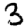
Digit: 3